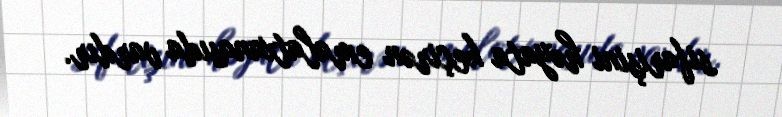
sifarişini həyata keçirən emalatxanasıda vardır.